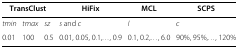
<table><thead><tr><td colspan="3"><b>TransClust</b></td><td><b>HiFix</b></td><td><b>MCL</b></td><td><b>SCPS</b></td></tr></thead><tbody><tr><td><i>tmin</i></td><td><i>tmax</i></td><td><i>sz</i></td><td><i>s</i> and <i>c</i></td><td><i>I</i></td><td><i>c</i></td></tr><tr><td>0.01</td><td>100</td><td>0.5</td><td>0.01, 0.05, 0.1,..., 0.9</td><td>0.1, 0.2,..., 6.0</td><td>90%, 95%,..., 120%</td></tr></tbody></table>